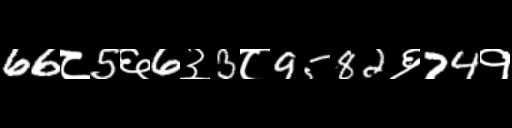
Text: 66८5६6३3८9582६74१